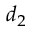
d _ { 2 }